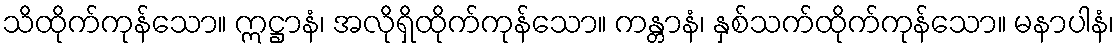
သိထိုက်ကုန်သော။ ဣဋ္ဌာနံ၊ အလိုရှိထိုက်ကုန်သော။ ကန္တာနံ၊ နှစ်သက်ထိုက်ကုန်သော။ မနာပါနံ၊